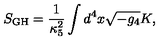
S _ { \mathrm { G H } } = \frac { 1 } { \kappa _ { 5 } ^ { 2 } } \int d ^ { 4 } x \sqrt { - g _ { 4 } } K ,